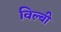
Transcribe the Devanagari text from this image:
विल्बी